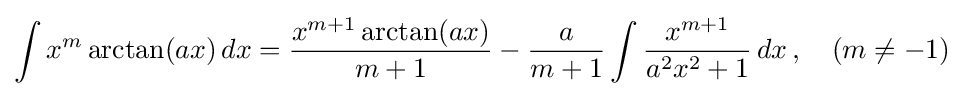
\int x^{m}\arctan(ax)\,dx={\frac {x^{m+1}\arctan(ax)}{m+1}}-{\frac {a}{m+1}}\int {\frac {x^{m+1}}{a^{2}x^{2}+1}}\,dx\,,\quad (m\neq -1)